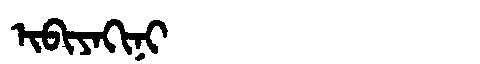
Manchu: ᡳᠪᡳᠶᠠᡴᡳᠨᡳ
Romanization: IBIYAKINI